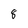
Character: 8